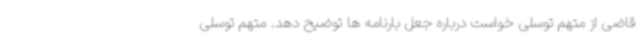
قاضی از متهم توسلی خواست درباره جعل بارنامه ها توضیح دهد. متهم توسلی